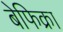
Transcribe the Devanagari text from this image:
बेफिक्रा